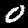
Label: 0